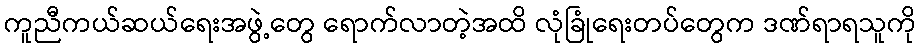
ကူညီကယ်ဆယ်ရေးအဖွဲ့တွေ ရောက်လာတဲ့အထိ လုံခြုံရေးတပ်တွေက ဒဏ်ရာရသူကို